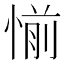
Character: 𰑹